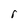
Character: r